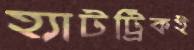
হ্যাটট্রিকই